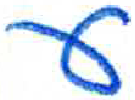
אות: ע